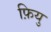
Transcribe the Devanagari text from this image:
फ़ियु